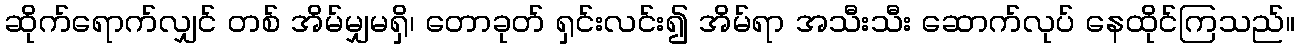
ဆိုက်ရောက်လျှင် တစ် အိမ်မျှမရှိ၊ တောခုတ် ရှင်းလင်း၍ အိမ်ရာ အသီးသီး ဆောက်လုပ် နေထိုင်ကြသည်။